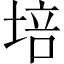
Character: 培